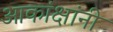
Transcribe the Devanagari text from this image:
आकांक्षांनी